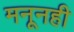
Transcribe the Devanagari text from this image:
मनूनही